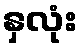
နှလုံး